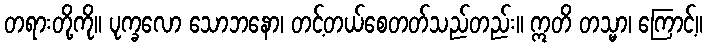
တရားတို့ကို။ ပုက္ခလော သောဘနော၊ တင့်တယ်စေတတ်သည်တည်း။ ဣတိ တသ္မာ၊ ကြောင့်။